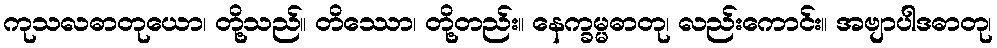
ကုသလဓာတုယော၊ တို့သည်။ တိဿော၊ တို့တည်း။ နေက္ခမ္မဓာတု၊ လည်းကောင်း။ အဗျာပါဒဓာတု၊